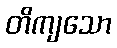
တိကျသော